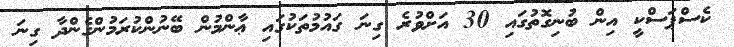
ކެސްޕަސްކީ އިން ބުނިގޮތުގައި 30 އަށްވުރެ ގިނަ ގައުމުތަކުގައި ޢާންމުން ބޭނުންކުރަމުންގެންދާ ގިނަ